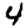
Digit: 4